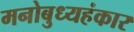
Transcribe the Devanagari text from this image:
मनोबुध्यहंकार